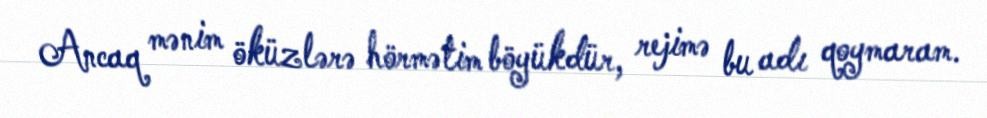
Ancaq mənim öküzlərə hörmətim böyükdür, rejimə bu adı qoymaram.